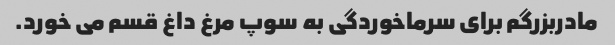
مادربزرگم برای سرماخوردگی به سوپ مرغ داغ قسم می خورد.